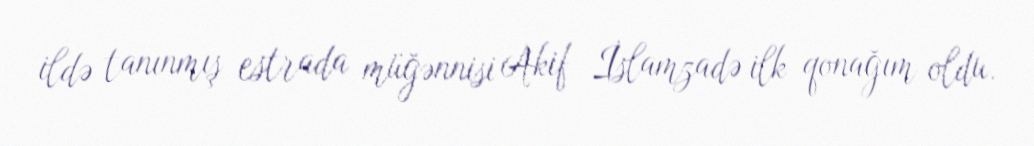
ildə tanınmış estrada müğənnisi Akif İslamzadə ilk qonağım oldu.